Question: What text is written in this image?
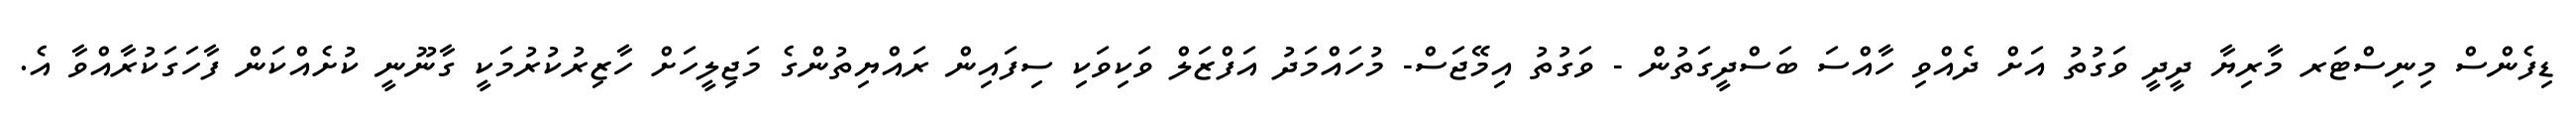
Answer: ޑިފެންސް މިނިސްޓަރ މާރިޔާ ދީދީ ވަގުތު އަށް ދެއްވި ހާއްސަ ބަސްދީގަތުން - ވަގުތު އިމޭޖަސް- މުހައްމަދު އަފްޒަލް ވަކިވަކި ސިފައިން ރައްޔިތުންގެ މަޖިލީހަށް ހާޒިރުކުރުމަކީ ގާނޫނީ ކުށެއްކަން ފާހަގަކުރާއްވާ އެ.